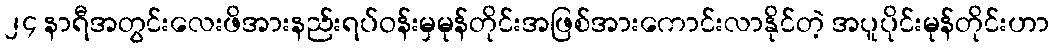
၂၄ နာရီအတွင်းလေးဖိအားနည်းရပ်ဝန်းမှမုန်တိုင်းအဖြစ်အားကောင်းလာနိုင်တဲ့ အပူပိုင်းမုန်တိုင်းဟာ